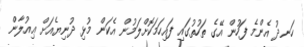
ހަނދު އެންމެ ފަހުން އޭގެ ތަހުތުގައި ފައިހަމަކޮށްލަމުން އެކަން މުޅި ދުނިޔެއަށް ޢިއުލާން